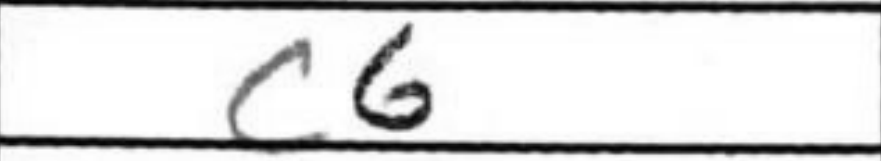
Transcription: c6